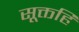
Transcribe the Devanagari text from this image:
सूक्तहि